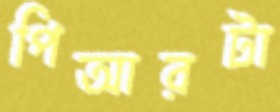
পিআরটা